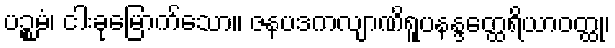
ပဉ္စမံ၊ ငါးခုမြောက်သော။ ဇနပဒကလျာဏိရူပနန္ဒတ္ထေရိယာဝတ္ထု၊